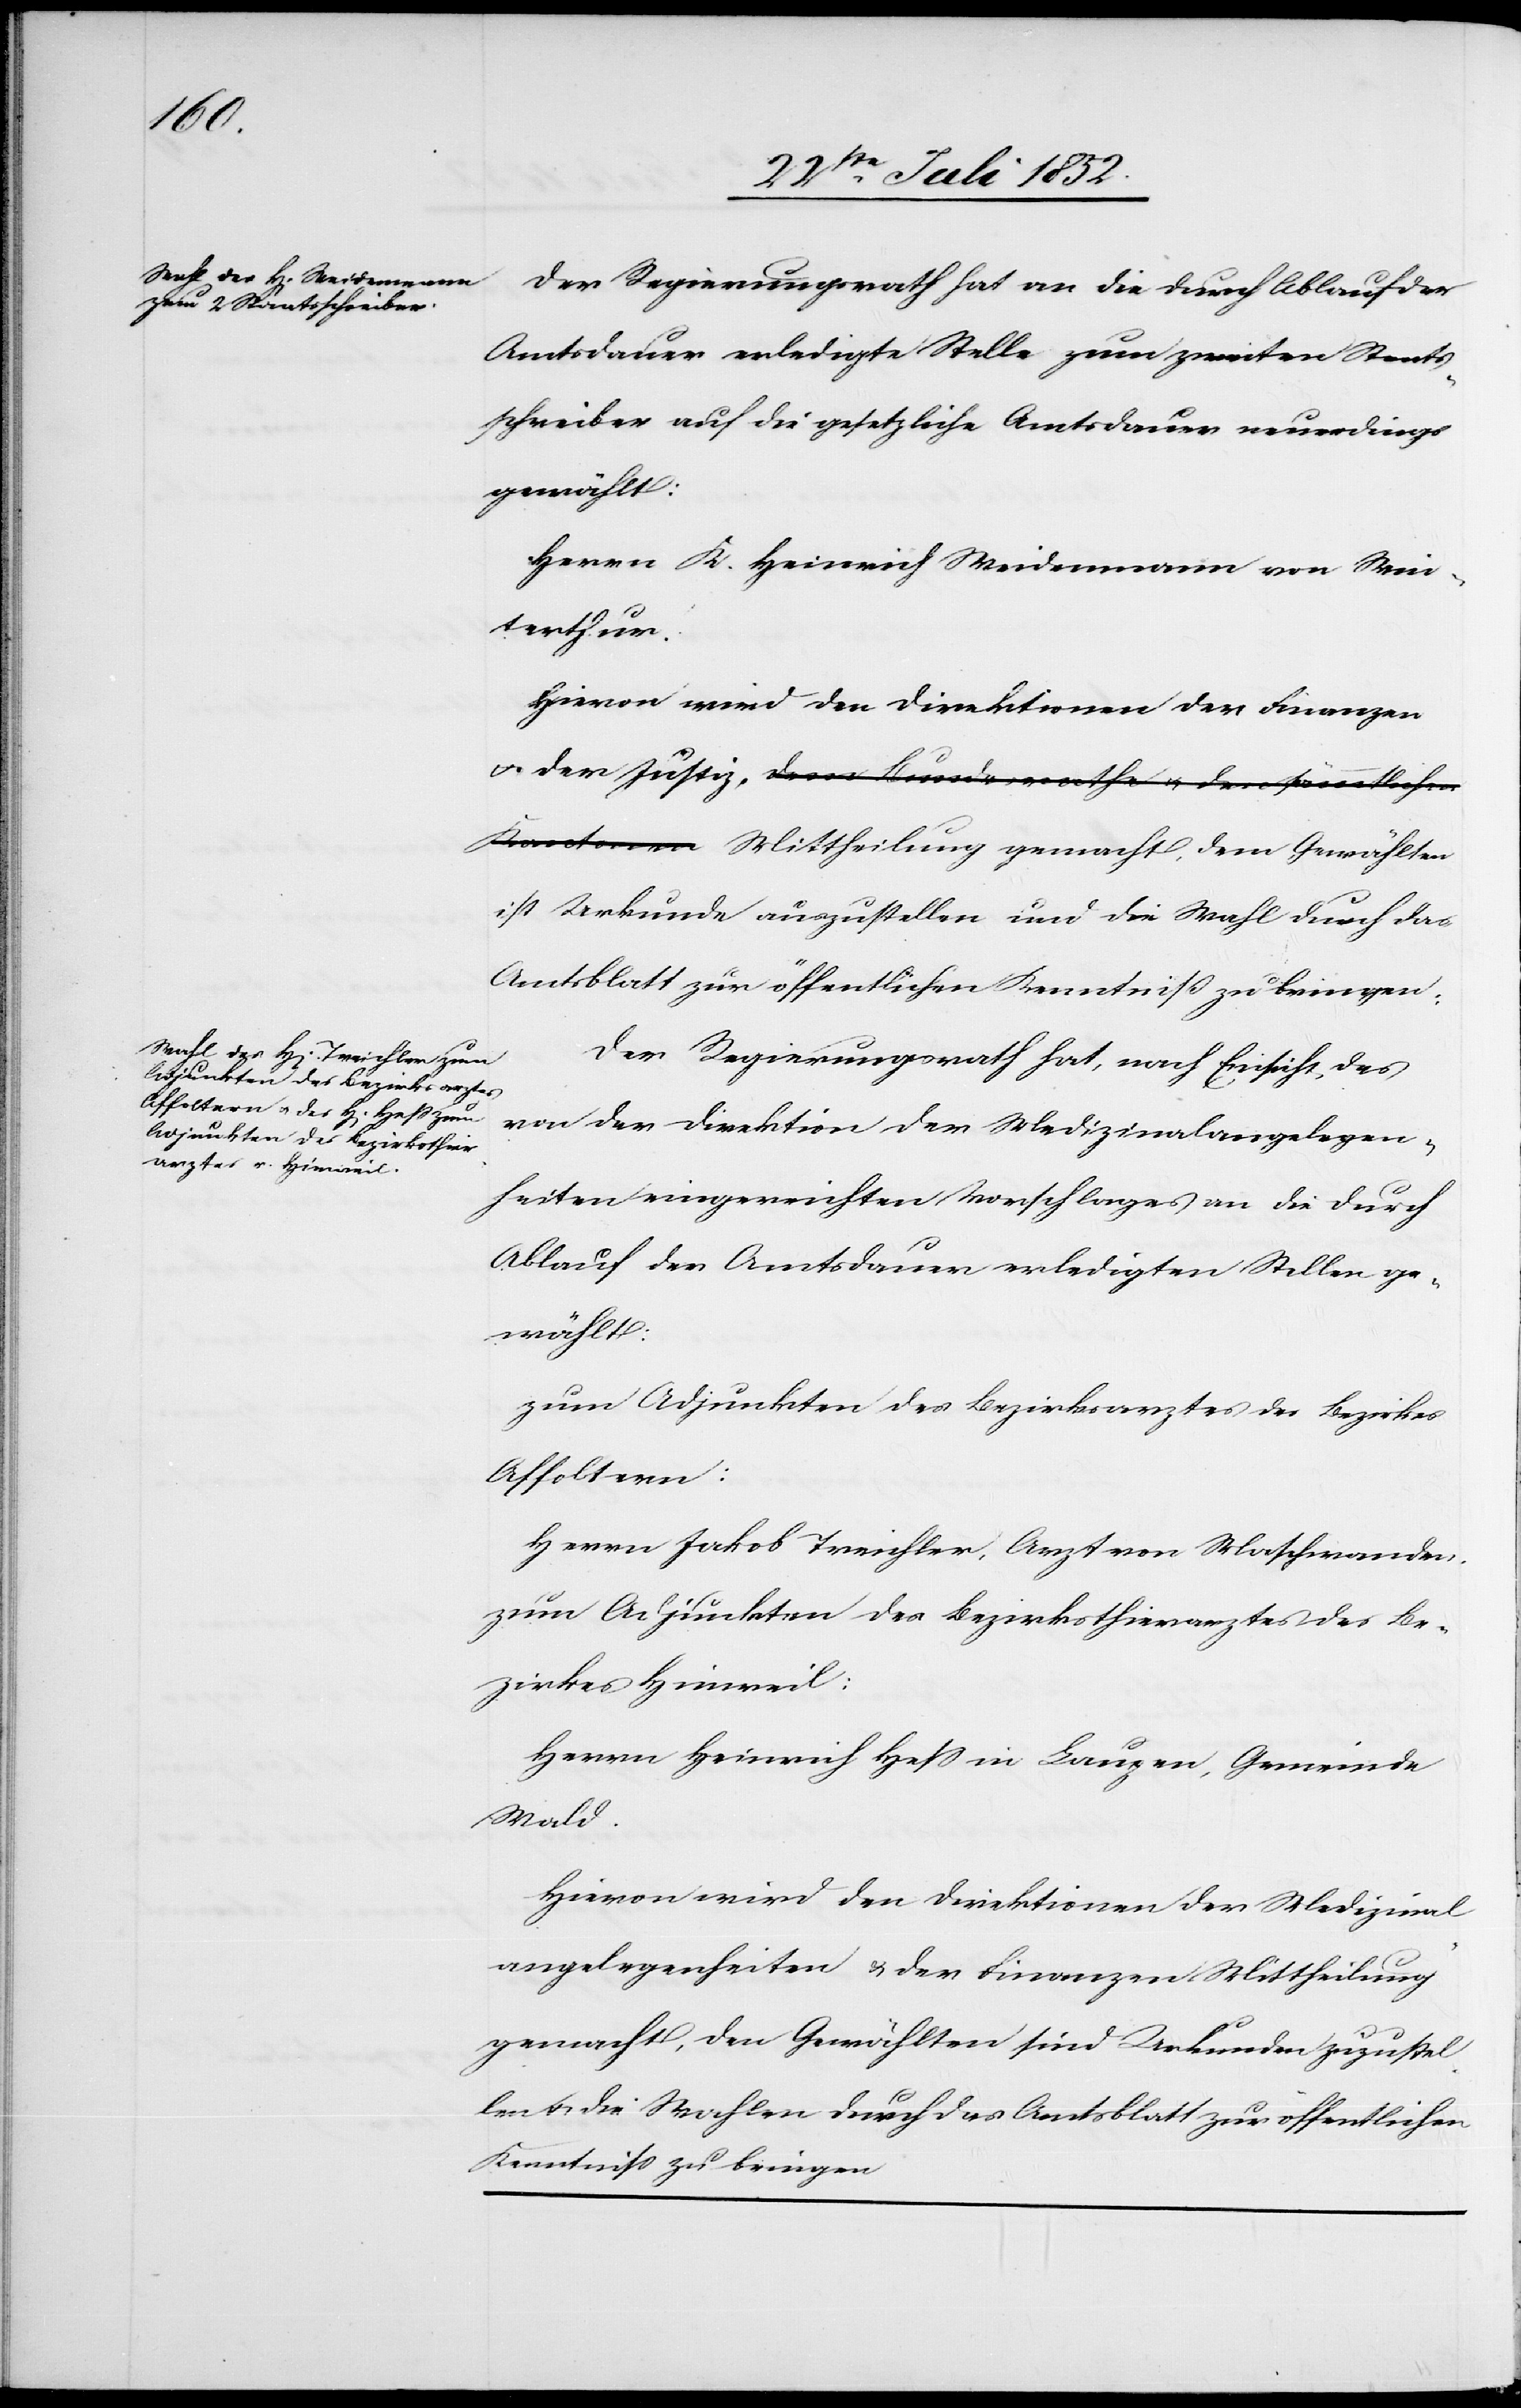
die
Amtsdauer erledigte Stelle zum zweiten Staats¬
schreiber auf die gesetzliche Amtsdauer neuerdings
gewählt:
Herrn K. Heinrich Weidenmann von Win¬
terthur.
Hievon wird den Direktionen der Finanzen
& der Justiz, dem Bundesrathe & den sämmtlichen
Kantonen Mittheilung gemacht, dem Gewählten
ist Urkunde auszustellen und die Wahl durch das
Amtsblatt zur öffentlichen Kenntniß zu bringen.
Der Regierungsrath hat, nach Einsicht des
von der Direktion der Medizinalangelegen¬
heiten eingereichten Vorschlages an die durch
Ablauf der Amtsdauer erledigten Stellen ge¬
wählt:
zum Adjunkten des Bezirksarztes des Bezirkes
Affoltern:
Herrn Jakob Treichler, Arzt von Maschwanden.
zum Adjunkten des Bezirksthierarztes des Be¬
zirkes Hinweil:
Herrn Heinrich Hess in Laupen, Gemeinde
Wald.
Hievon wird den Direktionen der Medizinal¬
angelegenheiten & der Finanzen Mittheilung
gemacht, den Gewählten sind Urkunden zuzustel¬
len & die Wahlen durch das Amtsblatt zur öffentlichen
Kenntniss zu bringen[.]